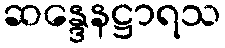
ဆန္ဒေနဋ္ဌာရသ